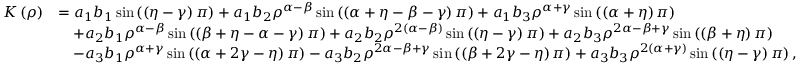
\begin{array} { r l } { K \left( \rho \right) } & { = a _ { 1 } b _ { 1 } \sin \left( \left( \eta - \gamma \right) \pi \right) + a _ { 1 } b _ { 2 } \rho ^ { \alpha - \beta } \sin \left( \left( \alpha + \eta - \beta - \gamma \right) \pi \right) + a _ { 1 } b _ { 3 } \rho ^ { \alpha + \gamma } \sin \left( \left( \alpha + \eta \right) \pi \right) } \\ & { \quad + a _ { 2 } b _ { 1 } \rho ^ { \alpha - \beta } \sin \left( \left( \beta + \eta - \alpha - \gamma \right) \pi \right) + a _ { 2 } b _ { 2 } \rho ^ { 2 \left( \alpha - \beta \right) } \sin \left( \left( \eta - \gamma \right) \pi \right) + a _ { 2 } b _ { 3 } \rho ^ { 2 \alpha - \beta + \gamma } \sin \left( \left( \beta + \eta \right) \pi \right) } \\ & { \quad - a _ { 3 } b _ { 1 } \rho ^ { \alpha + \gamma } \sin \left( \left( \alpha + 2 \gamma - \eta \right) \pi \right) - a _ { 3 } b _ { 2 } \rho ^ { 2 \alpha - \beta + \gamma } \sin \left( \left( \beta + 2 \gamma - \eta \right) \pi \right) + a _ { 3 } b _ { 3 } \rho ^ { 2 \left( \alpha + \gamma \right) } \sin \left( \left( \eta - \gamma \right) \pi \right) , } \end{array}